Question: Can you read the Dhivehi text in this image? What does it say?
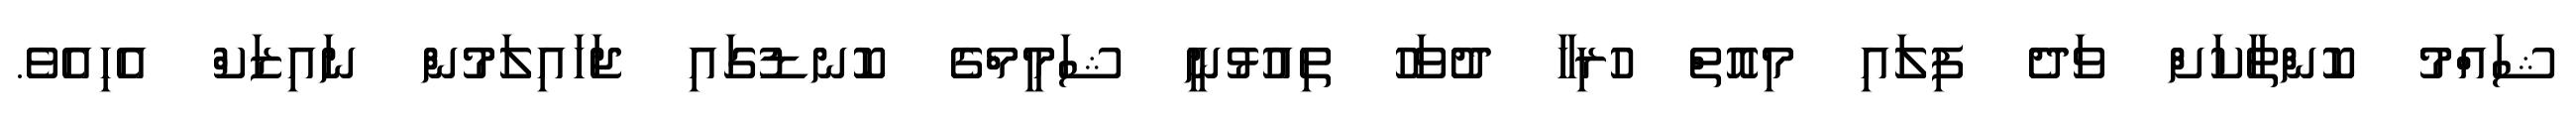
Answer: ޝައްމު ކޮންތާކަށް ވަދެ ފިލައި މިއޮތް ހުރިހާ ދުވަހު ތިއުޅުނީ ޝަމީމްގެ ކޮނޑުގައި ޖަހައިލަމުން ނައިޒަކް އެހިއެވެ.